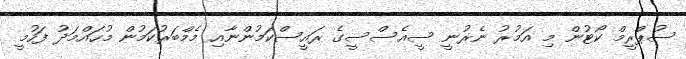
ސުޕްރީމް ކޯޓުން މި އަމުރު ނެރުނީ ސީއެސްސީގެ ރައީސްކަމުންނާއި މެމްބަރުކަމުން މުހައްމަދު ފަހުމީ